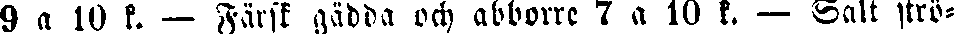
9 a 10 k. — Färsk gädda och abborre 7 a 10 k. — Salt strö-